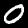
Digit: 0